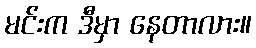
မင်းက ဒီမှာ နေတာလား။